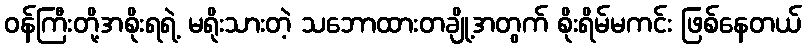
ဝန်ကြီးတို့အစိုးရရဲ့ မရိုးသားတဲ့ သဘောထားတချို့အတွက် စိုးရိမ်မကင်း ဖြစ်နေတယ်